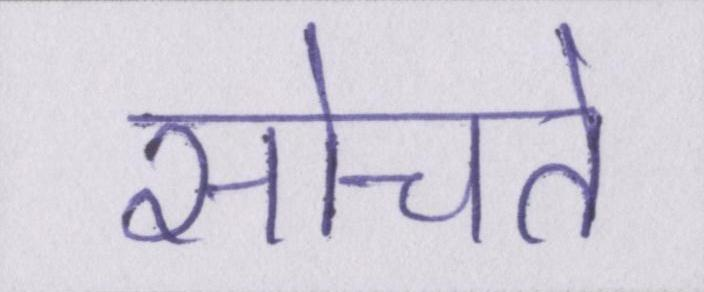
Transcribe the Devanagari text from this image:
सोचते